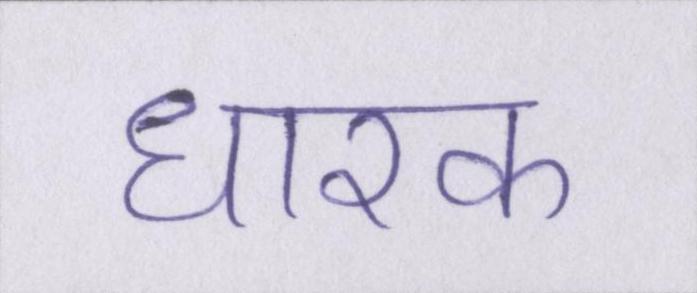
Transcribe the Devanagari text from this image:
धारक